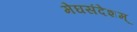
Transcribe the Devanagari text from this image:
मेघसंदेशम्